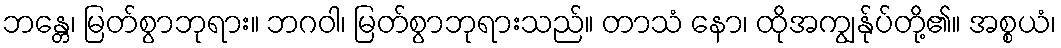
ဘန္တေ၊ မြတ်စွာဘုရား။ ဘဂဝါ၊ မြတ်စွာဘုရားသည်။ တာသံ နော၊ ထိုအကျွန်ုပ်တို့၏။ အစ္စယံ၊